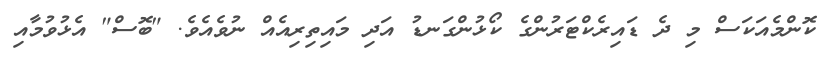
ކޮންމެއަކަސް މި ދެ ޑައިރެކްޓަރުންގެ ކޯޅުންގަނޑު އަދި މައިތިރިއެއް ނުވެއެވެ. "ބޮސް" އެޅުވުމާއި